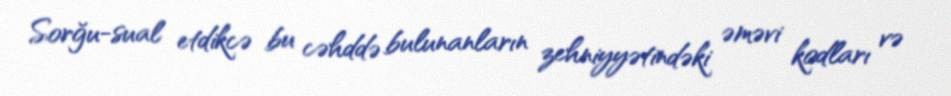
Sorğu-sual etdikcə bu cəhddə bulunanların zehniyyətindəki əməvi kodları və